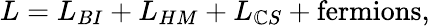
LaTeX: L=L_{BI}+L_{HM}+L_{\mathbb{C}S}+\mathrm{{fermions}},